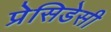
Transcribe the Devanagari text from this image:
प्रेसिडेसी